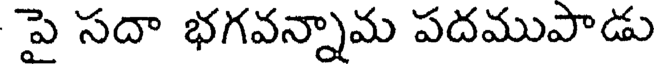
పై సదా భగవన్నామ పదముపాడు